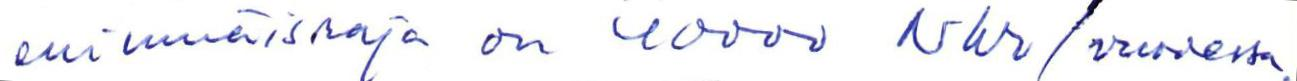
enimmäisraja on 40000 Nkr/vuodessa.